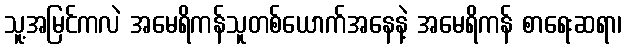
သူ့အမြင်ကလဲ အမေရိကန်သူတစ်ယောက်အနေနဲ့ အမေရိကန် စာရေးဆရာ၊